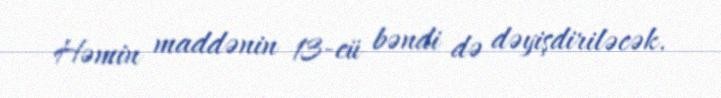
Həmin maddənin 13-cü bəndi də dəyişdiriləcək.